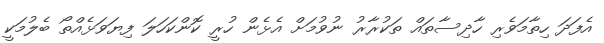
އެފަދަ ހިތާމަވެރި ހާދިސާތައް ތަކުރާރު ނުވުމަށް އެޅެން ހުރީ ކޮންކަހަލަ ފިޔަވަޅެއްތޯ ބެލުމަކީ